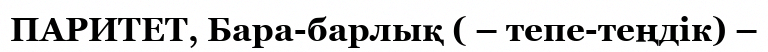
ПАРИТЕТ, Бара-барлық ( – тепе-теңдік) –